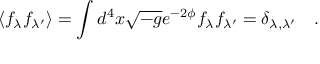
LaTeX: \langle f _ { \lambda } f _ { \lambda ^ { \prime } } \rangle = \int d ^ { 4 } x \sqrt { - g } e ^ { - 2 \phi } f _ { \lambda } f _ { \lambda ^ { \prime } } = \delta _ { \lambda , \lambda ^ { \prime } } \quad .